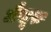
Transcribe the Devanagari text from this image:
मैसूरु